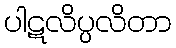
ပါဋလိပ္ပလိတာ